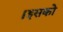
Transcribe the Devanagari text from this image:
।इसको